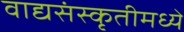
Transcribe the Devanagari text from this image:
वाद्यसंस्कृतीमध्ये